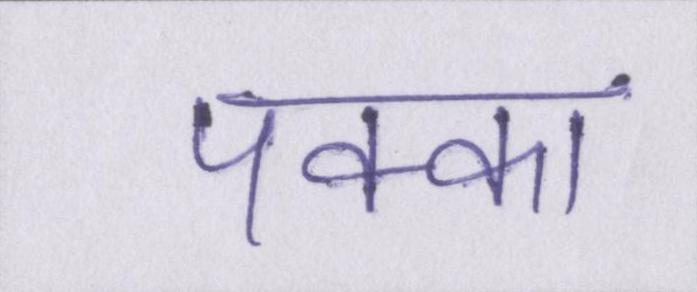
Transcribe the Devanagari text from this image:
पक्का